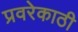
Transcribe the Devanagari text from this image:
प्रवरेकाठी